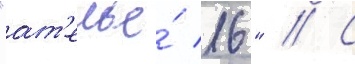
"ат'елье́ 16" // С